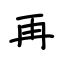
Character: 再